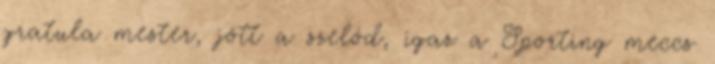
gratula mester, jött a szelód, igaz a Sporting meccs